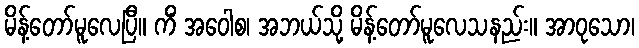
မိန့်တော်မူလေပြီ။ ကိံ အဝေါစ၊ အဘယ်သို့ မိန့်တော်မူလေသနည်း။ အာဝုသော၊